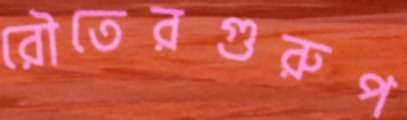
রৌতেরগুরুপ